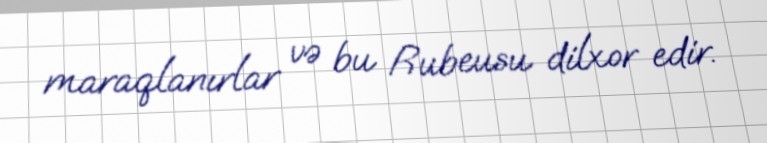
maraqlanırlar və bu Rubeusu dilxor edir.